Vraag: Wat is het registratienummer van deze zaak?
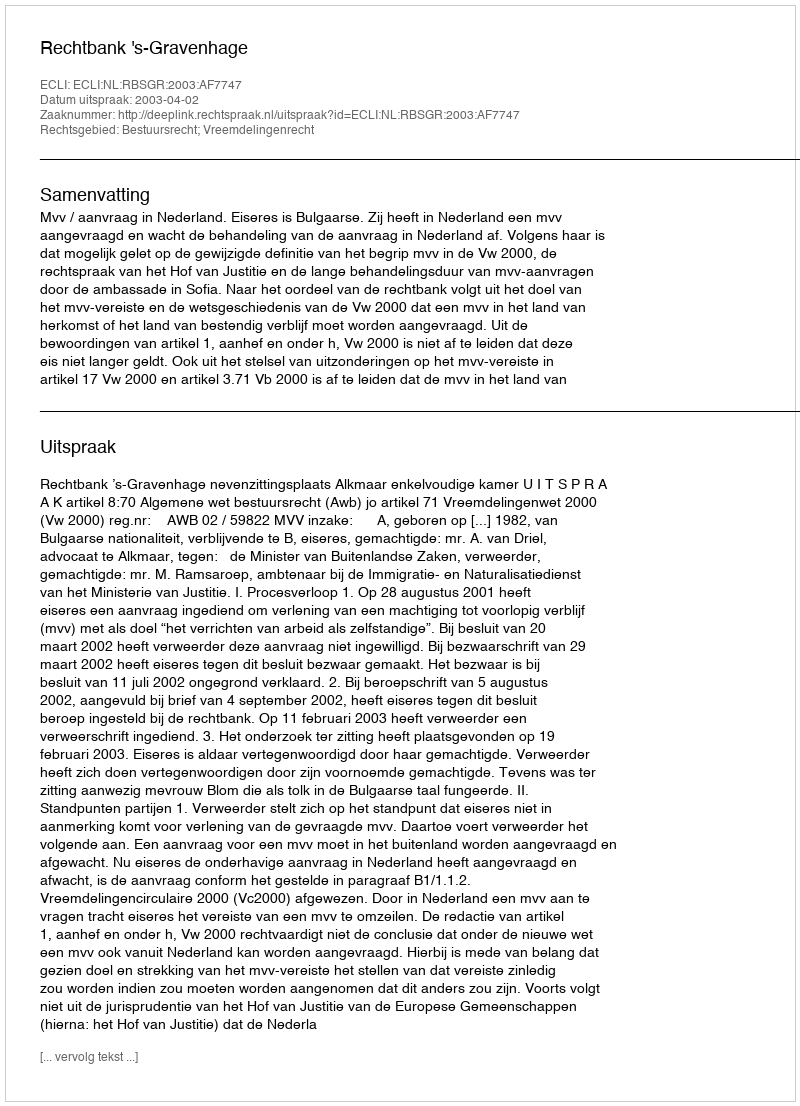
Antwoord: http://deeplink.rechtspraak.nl/uitspraak?id=ECLI:NL:RBSGR:2003:AF7747